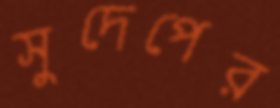
সুদেপের